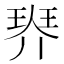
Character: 𤦠